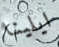
ايلينا